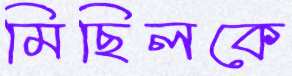
মিছিলকে